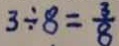
3 \div 8 = \frac { 3 } { 8 }